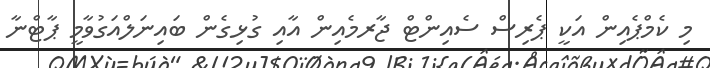
މި ކެމްޕެއިން އަކީ ޕެރިސް ސެއިންޓް ޖާރމެއިން އާއި ގުޅިގެން ބައިނަލްއަގުވާމީ ޕާޓްނާ